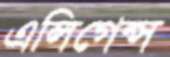
এলিগেন্স